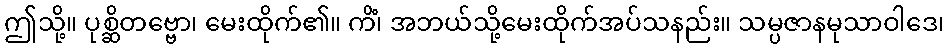
ဤသို့။ ပုစ္ဆိတဗ္ဗော၊ မေးထိုက်၏။ ကိံ၊ အဘယ်သို့မေးထိုက်အပ်သနည်း။ သမ္ပဇာနမုသာဝါဒေ၊